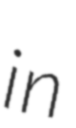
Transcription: in